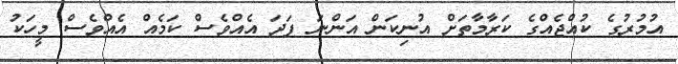
އުމުރުގެ ކުއްޖެއްގެ ކަރާމާތަށް އުނިކަން އަންނަ ފަދަ އެއްވެސް ކަމެއް އެއްވެސް މީހަކު